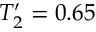
T _ { 2 } ^ { \prime } = 0 . 6 5